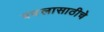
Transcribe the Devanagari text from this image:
बदलासाठीचे